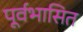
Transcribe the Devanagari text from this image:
पूर्वभासित